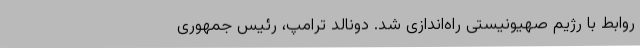
روابط با رژیم صهیونیستی راه‌اندازی شد. دونالد ترامپ، رئیس جمهوری